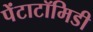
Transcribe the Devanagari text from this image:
पेंटाटॉमिडी